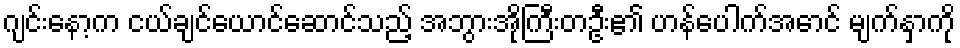
ဂျင်းနော့က ငယ်ချင်ယောင်ဆောင်သည့် အဘွားအိုကြီးတဦး၏ ဟန်ပေါက်အောင် မျက်နှာကို